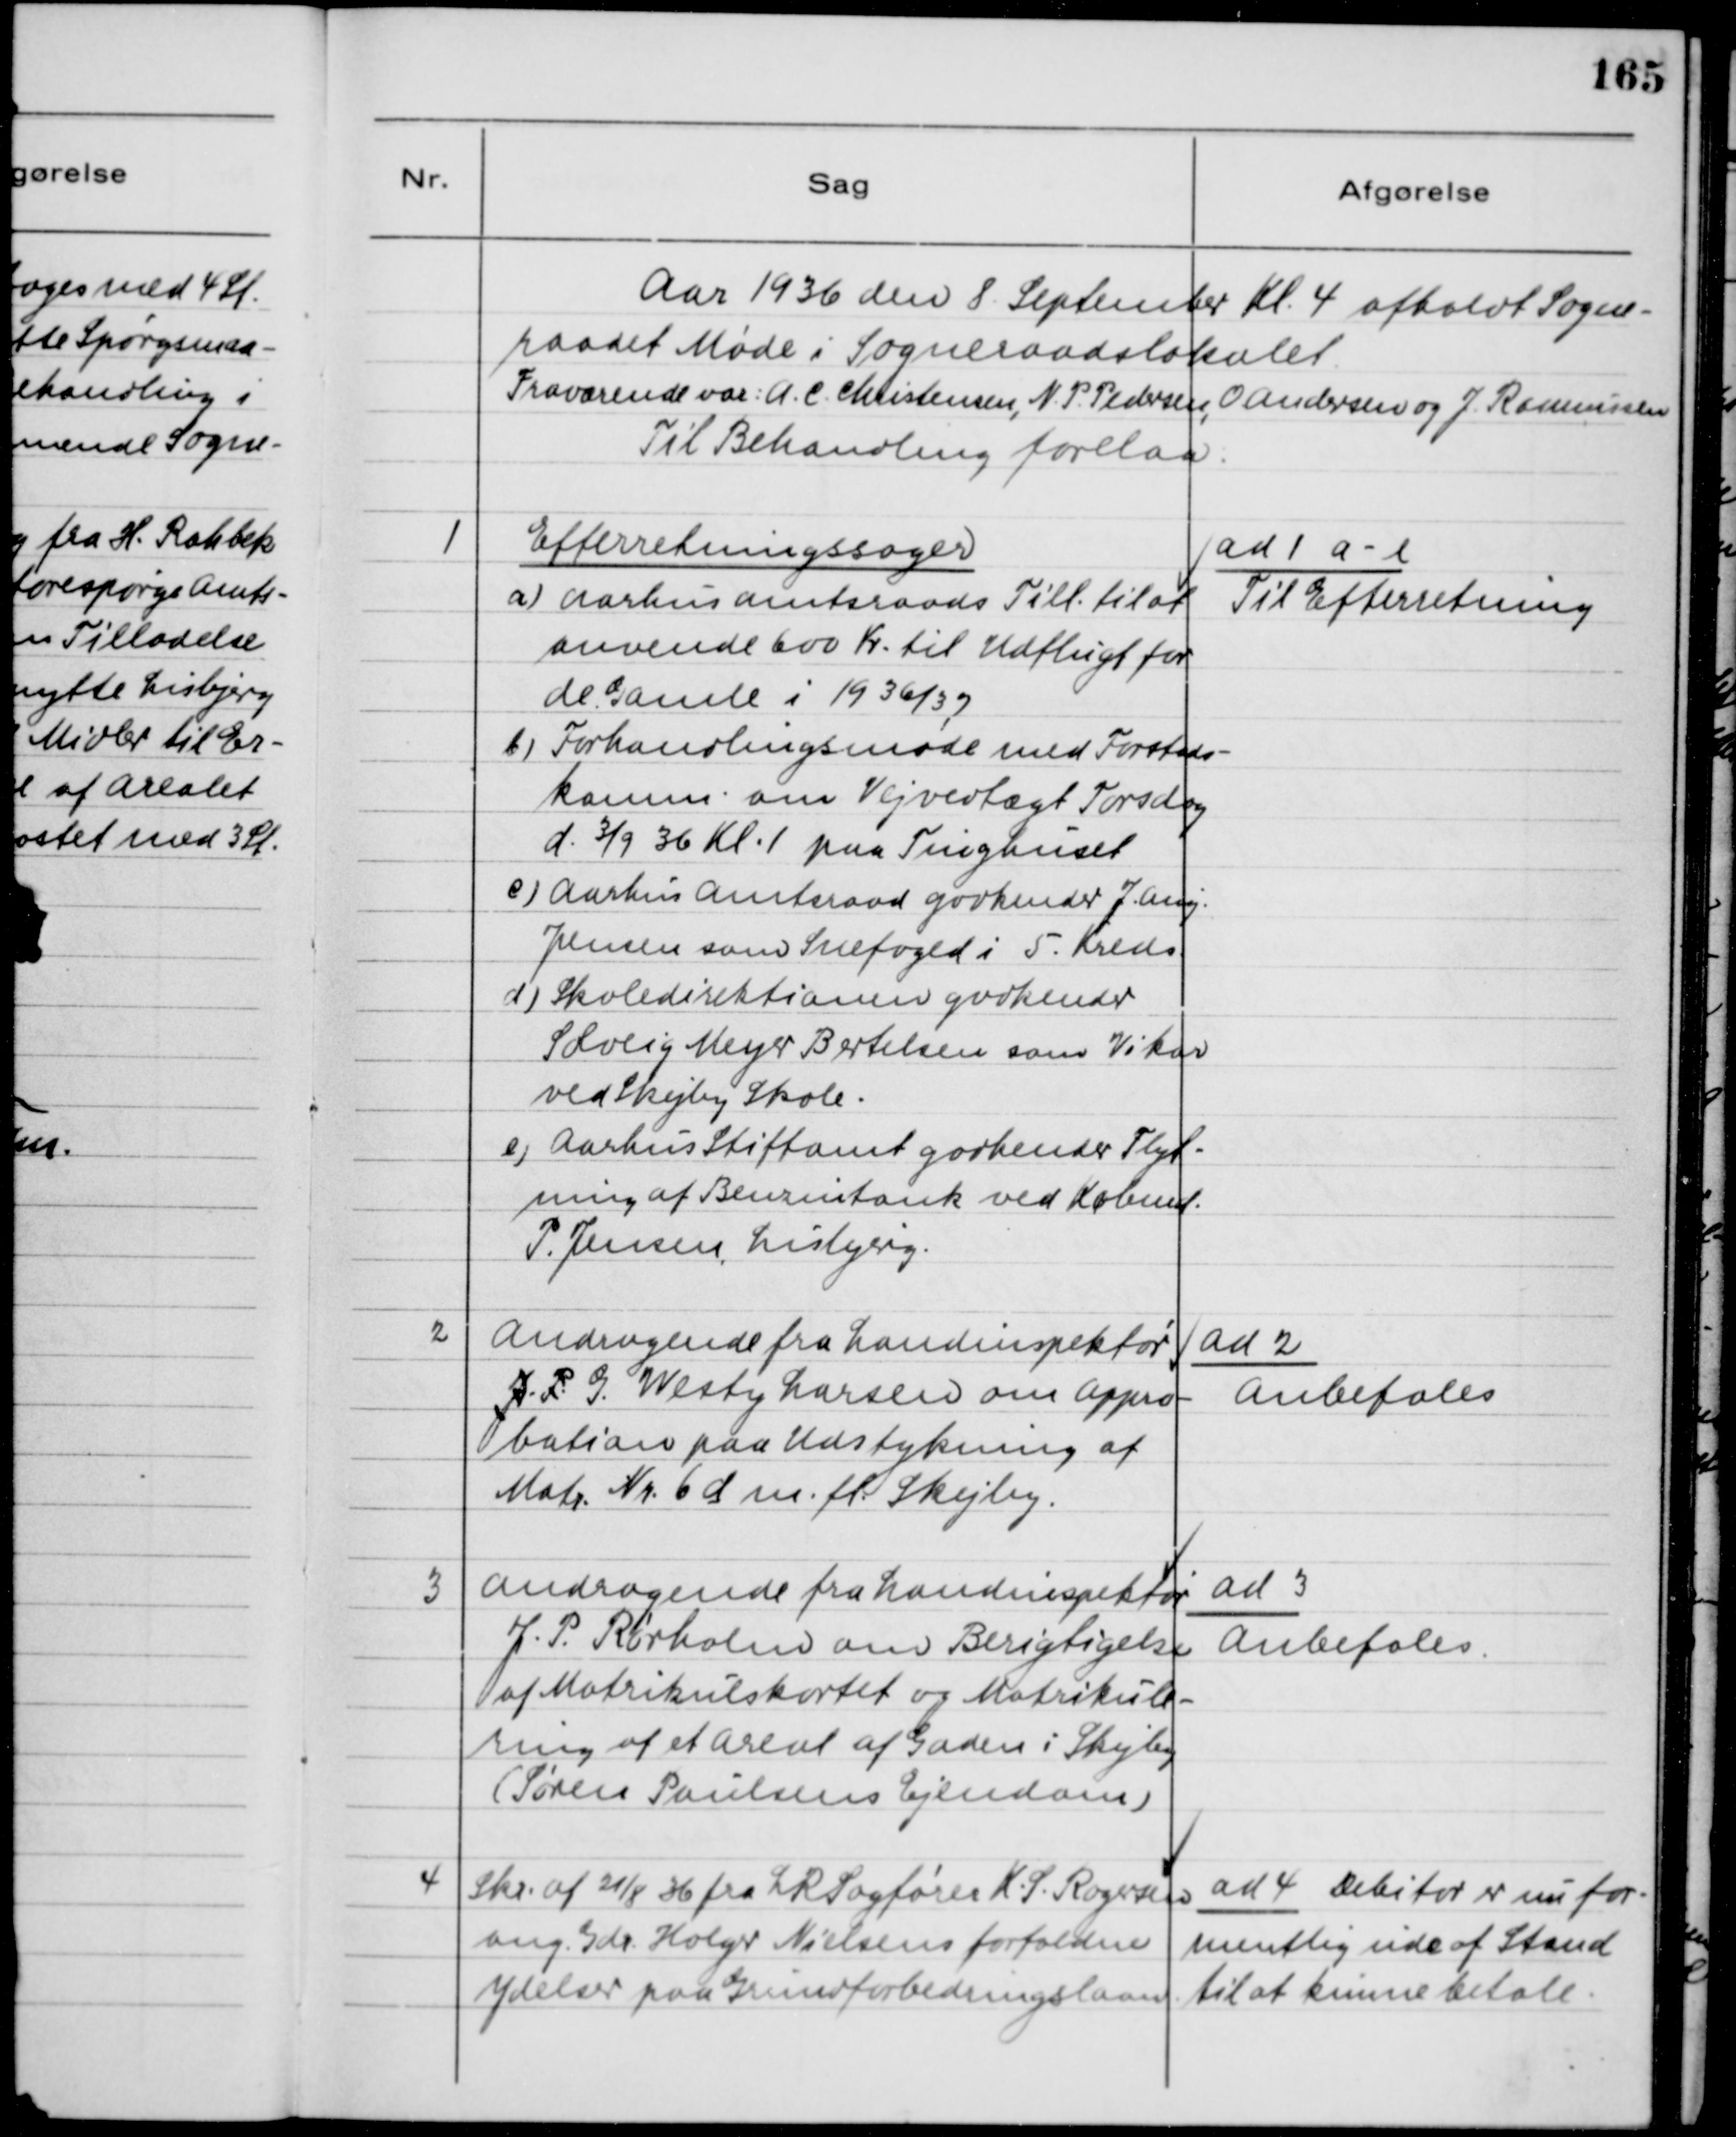
Transskription:
Aar 1936 den 8 September Kl. 4 afholdt Sogne-
raadet Møde i Sogneraadslokalet.
Fraværende var A.C. Christensen, N.P. Pedersen, O Andersen og J. Rasmussen
Til Behandling forelaa:
1
Efferretningssager
a) Aarhus Amtsraads Till. til at
anvende 600 Kr. til Udflugt for
de Gamle i 1936/37
b) Forhandlingsmøde med Forstads-
komm. om Vejvedtægt Torsdag
d. 3/9 36 Kl. 1 paa Tinghuset
c) Aarhus Amtsraad godkender J. Aug.
Jensen som Snefoged i 5. Kreds
d) Skoledirektionen godkender
Solveig Meyer Bertelsen som Vikar
ved Skejby Skole.
e) Aarhus Stiftamt godkender Flyt-
ning af Benzintank ved Købmand
P. Jensen, Lisbjerg.
ad 1 a-e
Til Efterretning
2
Andragende fra Landinspektør
J.P. G. Westy Larsen om Appro-
bation paa Udstykning af
Matr. Nr. 6 d m.fl. Skejby.
ad 2
Anbefales
3
Andragende fra Landinspektør
J.P. Rørholm om Berigtigelse
af Matrikulskortet og Matrikule-
ring af Areal af Gaden i Skejby
(Søren Poulsens Ejendom)
ad 3
Anbefales
4
Skr. af 21/8 36 fra LRSagfører K.S. Rogersen
ang. Gdr. Holger Nielsens forfaldne
Ydelser paa Grundforbedringslaan.
ad 4 Debitor er nu for-
mentlig ude af Stand
til at kunne betale.